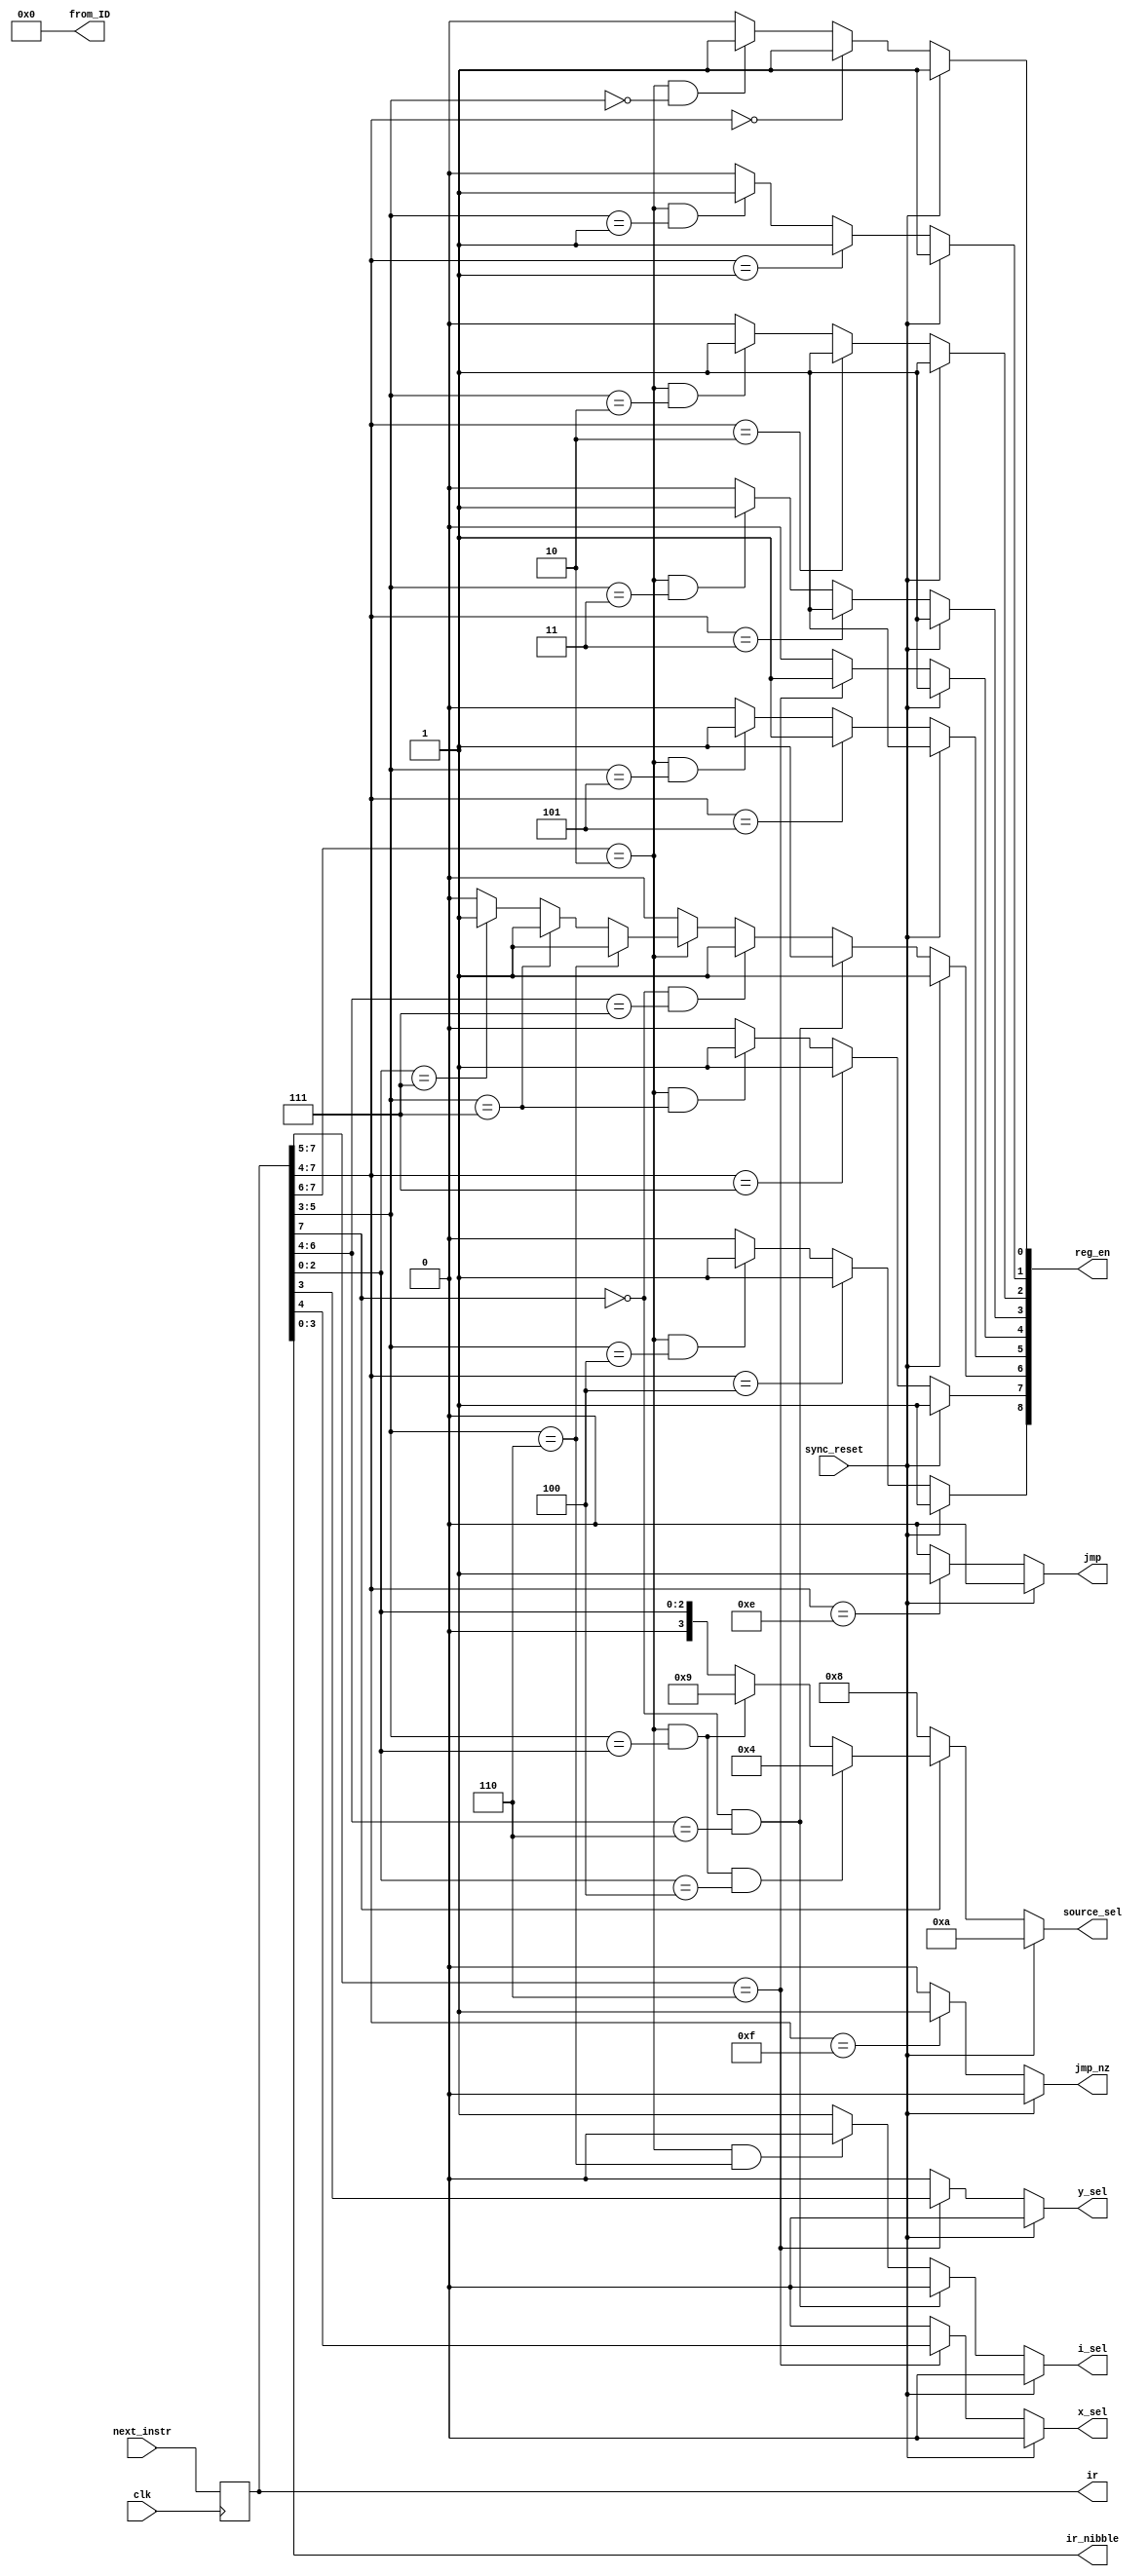
module instruction_decoder(
	input [7:0] next_instr,
	input clk, sync_reset,
	output reg jmp, jmp_nz,
	output reg i_sel, y_sel, x_sel,
	output reg [3:0] source_sel,
	output reg [3:0] ir_nibble,
	output reg [8:0] reg_en,
	output reg [7:0] from_ID, ir);  // for debugging/testing

// reg [7:0] ir;
// ir set as output for debugging purposes

always @ *
from_ID = 8'h00;


// loading the ir reg from the next instr (from the ROM's pm_addr)
always @ (posedge clk)
ir = next_instr;


// ir_nibble output
always @ *
ir_nibble = ir[3:0];



// logic for decoding instruction type (jmp or jmp_nz outputs)
//  jmp  //
always @ *
if (sync_reset == 1'b1) 
	// don't jump when reset
	jmp = 1'b0;
else if (ir[7:4] == 4'b1110)
	// unconditional jump;
	jmp = 1'b1;
else
	// else; don't jump
	jmp = 1'b0;

	
//  jmp_nz  //
always @ *
if (sync_reset == 1'b1)
	// don't jump when reset
	jmp_nz = 1'b0;
else if (ir[7:4] == 4'b1111)
	// conditional jump;
	jmp_nz = 1'b1;
else 
	// else; don't jump
	jmp_nz = 1'b0;


	
// logic for decoding source_sel ouput (bits 10-15 tied to GND)
//  source_sel  //
always @ *
if (sync_reset == 1'b1) source_sel = 4'd10;
else if (ir[7] == 1'b0)
	//	load; data_bus = ir_nibble 
	source_sel = 4'd8;
else if ( (ir[7:6] == 2'b10) && (ir[5:3] == ir[2:0]) && (ir[2:0] == 3'd4) )
	// mov; data_bus = r (moving to o_reg)
	source_sel = 4'd4;
else if ( (ir[7:6] == 2'b10) && (ir[5:3] == ir[2:0]) )
	// mov; data_bus = i_pins
	source_sel = 4'd9;
else if ( (ir[7:6] == 2'b10) )
	// mov; data_bus = src (0-7, data registers)
	source_sel = {1'b0, ir[2:0]};  // concat, to make 4-bit
else
	source_sel = {1'b0, ir[2:0]};


	
// logic for decoding i, x, y selects
//  i_sel  //
always @ *
if (sync_reset == 1'b1) i_sel = 1'b0;
else if ( (ir[7] == 1'b0) && (ir[6:4] == 3'd6) )
	// load; i is dst (from data_bus)
	i_sel = 1'b0;
else if ( (ir[7:6] == 2'b10) && (ir[5:3] == 3'd6) )
	// mov; i is dst
	i_sel = 1'b0;
else
	// else; increment i
	i_sel = 1'b1;

	
//  x_sel  //
always @ *
if (sync_reset == 1'b1) x_sel = 1'b0;
else if (ir[7:5] == 3'b110)
	// alu; assign proper x val
	x_sel = ir[4];
else
	// else; default to zero
	x_sel = 1'b0;

	
//  y_sel  //
always @ *
if (sync_reset == 1'b1) y_sel = 1'b0;
else if (ir[7:5] == 3'b110)
	// alu; assign proper y val
	y_sel = ir[3];
else
	// else; default to zero
	y_sel = 1'b0;

	

// logic for decoding register enables (9, each seperate 1bit outputs)
//  reg_en[0], x0  //
always @ *
if (sync_reset == 1'b1) 
	// enable all registers during reset, to clear them
	reg_en[0] = 1'b1;
else if (ir[7:4] == 4'd0)
	// load; x0 is dst
	reg_en[0] = 1'b1;
else if ( (ir[7:6] == 2'b10) && (ir[5:3] == 3'd0) )
	// mov; x0 is dst
	reg_en[0] = 1'b1;
else
	reg_en[0] = 1'b0;


//  reg_en[1], x1  //
always @ *
if (sync_reset == 1'b1) 
	// enable all registers during reset, to clear them
	reg_en[1] = 1'b1;
else if (ir[7:4] == 4'd1)
	// load; x1 is dst
	reg_en[1] = 1'b1;
else if ( (ir[7:6] == 2'b10) && (ir[5:3] == 3'd1) )
	// mov; x1 is dst
	reg_en[1] = 1'b1;
else
	reg_en[1] = 1'b0;


//  reg_en[2], y0  //
always @ *
if (sync_reset == 1'b1) 
	// enable all registers during reset, to clear them
	reg_en[2] = 1'b1;
else if (ir[7:4] == 4'd2)
	// load; y0 is dst
	reg_en[2] = 1'b1;
else if ( (ir[7:6] == 2'b10) && (ir[5:3] == 3'd2) )
	// mov; y0 is dst
	reg_en[2] = 1'b1;
else
	reg_en[2] = 1'b0;


//  reg_en[3], y1  //
always @ *
if (sync_reset == 1'b1) 
	// enable all registers during reset, to clear them
	reg_en[3] = 1'b1;
else if (ir[7:4] == 4'd3)
	// load; y1 is dst
	reg_en[3] = 1'b1;
else if ( (ir[7:6] == 2'b10) && (ir[5:3] == 3'd3) )
	// mov; y0 is dst
	reg_en[3] = 1'b1;
else
	reg_en[3] = 1'b0;


//  reg_en[4], r  //
always @ *
if (sync_reset == 1'b1) 
	// enable all registers during reset, to clear them
	reg_en[4] = 1'b1;
else if (ir[7:5] == 3'b110)
	// alu; r is enabled
	reg_en[4] = 1'b1;
else
	reg_en[4] = 1'b0;


//  reg_en[5], m  //
always @ *
if (sync_reset == 1'b1) 
	// enable all registers during reset, to clear them
	reg_en[5] = 1'b1;
else if (ir[7:4] == 4'd5)
	// load; m is dst
	reg_en[5] = 1'b1;
else if ( (ir[7:6] == 2'b10) && (ir[5:3] == 3'd5) )
	// mov; m is dst
	reg_en[5] = 1'b1;
else
	reg_en[5] = 1'b0;



//  reg_en[6], i  //
always @ *
if (sync_reset == 1'b1) 
	// enable all registers during reset, to clear them
	reg_en[6] = 1'b1;
else if ( (ir[7] == 1'b0) && (ir[6:4] == 3'd6) )
	// load; i is a dst
	reg_en[6] = 1'b1;
else if ( (ir[7] == 1'b0) && (ir[6:4] == 3'd7) )
	// load; dm is a dst (increment i)
	reg_en[6] = 1'b1;
else if (ir[7:6] == 2'b10)
	if (ir[5:3] == 3'd6)
		// mov; i is a dst
		reg_en[6] = 1'b1;
	else if (ir[5:3] == 3'd7)
		// mov; dm is a dst (increment i)
		reg_en[6] = 1'b1;
	else if (ir[2:0] == 3'd7)
		// mov; dm is a src (increment i or mov into i)
		reg_en[6] = 1'b1;
	else
		reg_en[6] = 1'b0;
else
	// no other mov or load cases where i is modified
	reg_en[6] = 1'b0;


//  reg_en[7], dm  //
always @ *
if (sync_reset == 1'b1) 
	// enable all registers during reset, to clear them
	reg_en[7] = 1'b1;
else if (ir[7:4] == 4'd7)
	// load; dm is dst
	reg_en[7] = 1'b1;
else if ( (ir[7:6] == 2'b10) && (ir[5:3] == 3'd7) )
	// mov; dm is dst
	reg_en[7] = 1'b1;
else
	reg_en[7] = 1'b0;


//  reg_en[8], o_reg  //
always @ *
if (sync_reset == 1'b1) 
	// enable all registers during reset, to clear them
	reg_en[8] = 1'b1;
else if (ir[7:4] == 4'd4)
	// load; o_reg is dst
	reg_en[8] = 1'b1;
else if ( (ir[7:6] == 2'b10) && (ir[5:3] == 3'd4) )
	// mov; o_reg is dst
	reg_en[8] = 1'b1;
else
	reg_en[8] = 1'b0;


endmodule